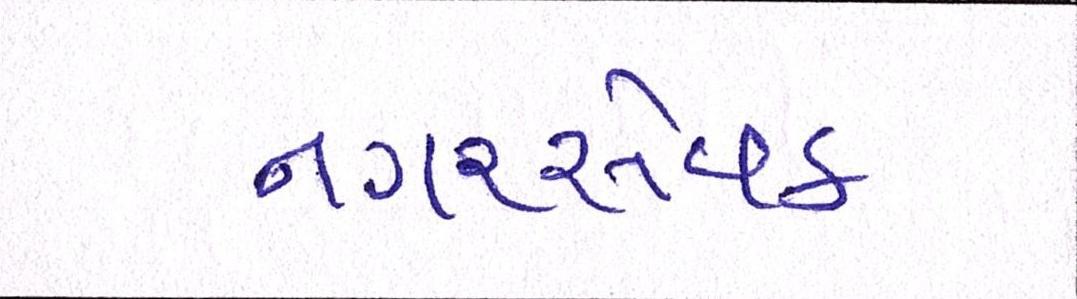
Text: નગરસેવક